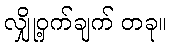
လျှို့ဝှက်ချက် တခု။